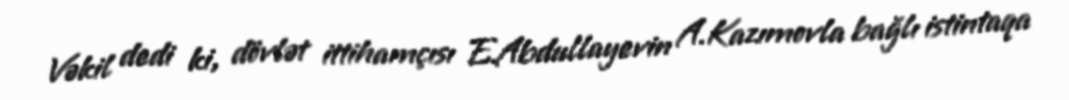
Vəkil dedi ki, dövlət ittihamçısı E.Abdullayevin A.Kazımovla bağlı istintaqa